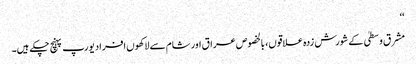
‘‘
مشرق وسطیٰ کے شورش زدہ علاقوں، بالخصوص عراق اور شام سے لاکھوں افراد یورپ پہنچ چکے ہیں۔